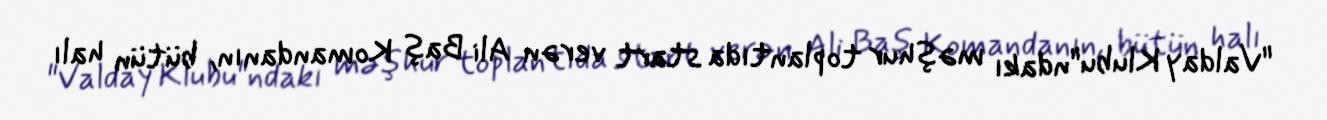
"Valday Klubu"ndakı məşhur toplantıda start verən Ali Baş Komandanın, bütün halı